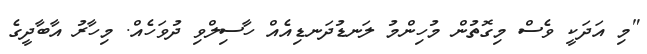
"މި އަދަކީ ވެސް މިގޮތުން މުހިންމު ލަނޑުދަނޑިއެއް ހާސިލްވި ދުވަހެއް. މިހާރު އާބާދީގެ